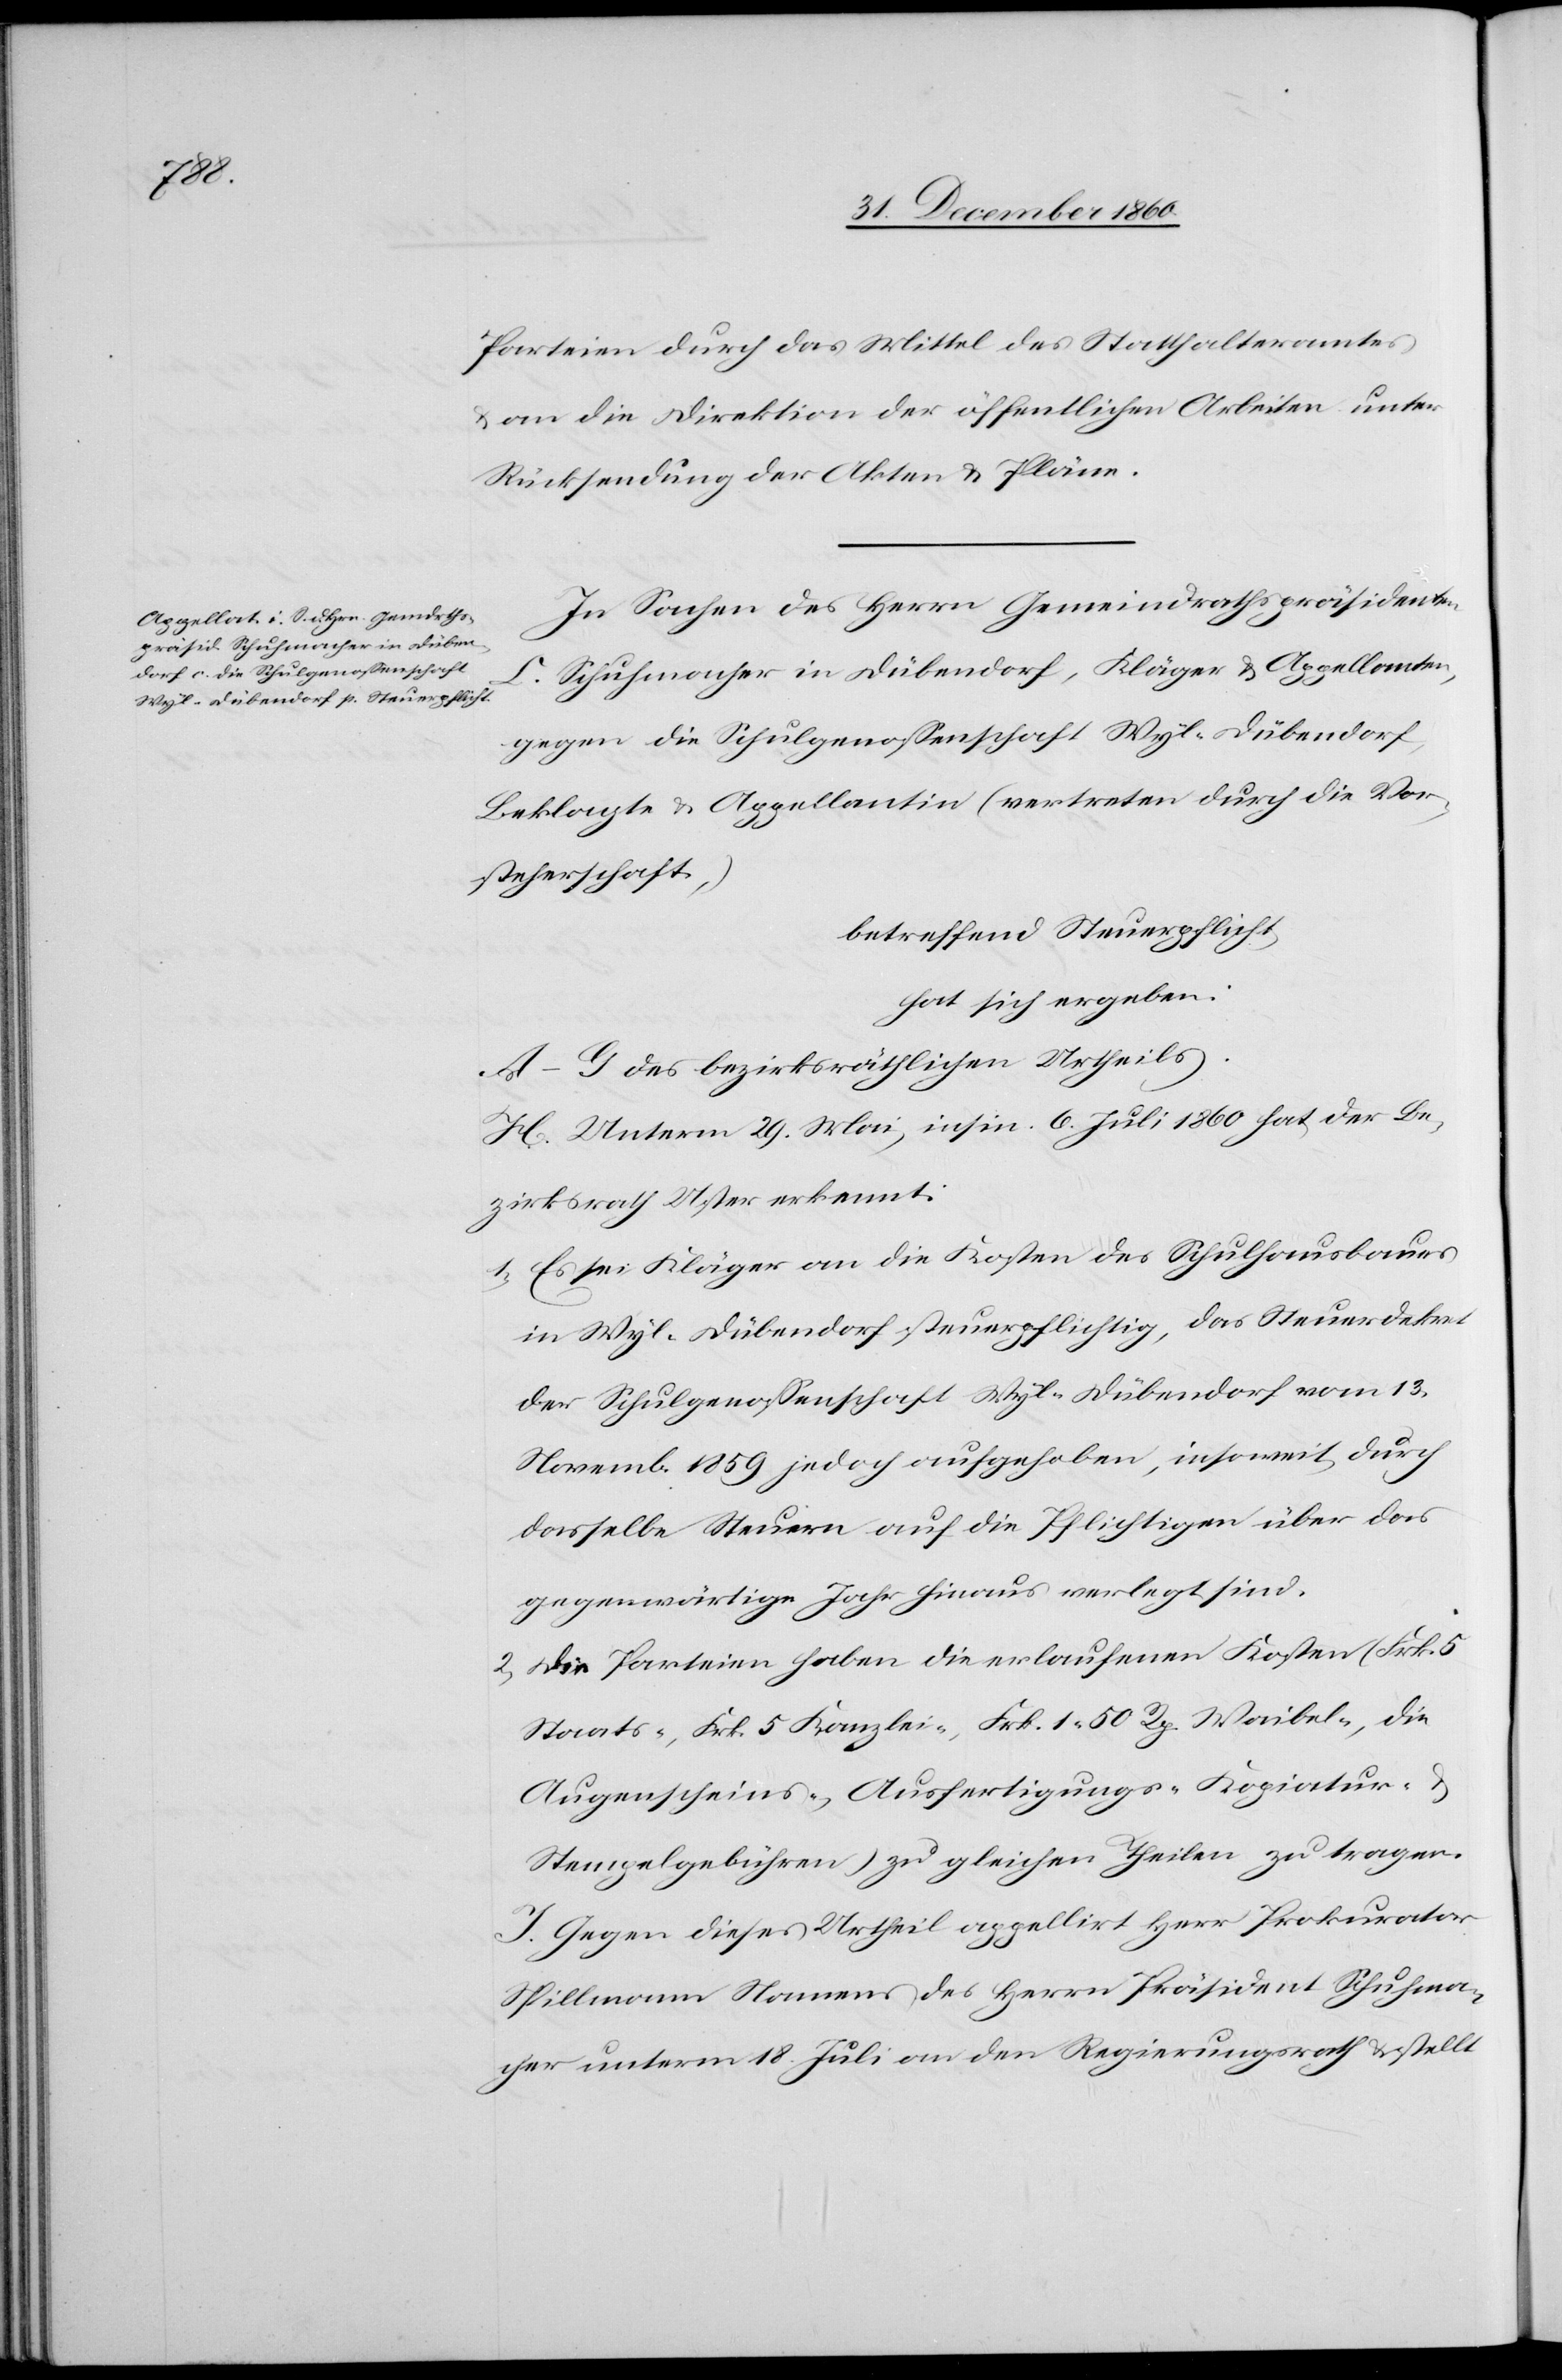
Parteien durch das Mittel des Statthalteramtes
u. an die Direktion der öffentlichen Arbeiten unter
Rücksendung der Akten u. Pläne.
In Sachen des Herrn Gemeindrathspräsidenten
C. Schuhmacher in Dübendorf, Kläger u. Appellanten,
gegen die Schulgenossenschaft Wyl-Dübendorf,
Beklagte u. Appellantin (Vertreten durch die Vor¬
steherschaft,)
betreffend Steuerpflicht,
hat sich ergeben:
A–G des bezirksräthlichen Urtheils.
H. Unterm 29. Mai, insin. 6. Juli 1860 hat der Be¬
zirksrath Uster erkennt:
1. Es sei Kläger an die Kosten des Schulhausbaues
in Wyl-Dübendorf steuerpflichtig, das Steuerdekret
der Schulgenossenschaft Wyl-Dübendorf vom 13.
Novemb. 1859 jedoch aufgehoben, insoweit, durch
dasselbe Steuern auf die Pflichtigen über das
gegenwärtige Jahr hinaus verlegt sind.
2. Die Parteien haben die erlaufenen Kosten (Frk. 5
Staats-, Frk. 5 Kanzlei-, Frk. 1 50 Rp. Waibel-, die
Augenscheins-, Ausfertigungs-[,] Kopiatur- u.
Stempelgebühren) zu gleichen Theilen zu tragen.
I. Gegen dieses Urtheil appellirt Herr Prokurator
Spillmann Namens des Herrn Präsident Schuhma¬
cher unterm 18. Juli an den Regierungsrath u. stellt